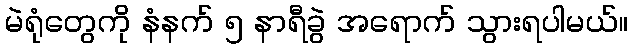
မဲရုံတွေကို နံနက် ၅ နာရီခွဲ အရောက် သွားရပါမယ်။